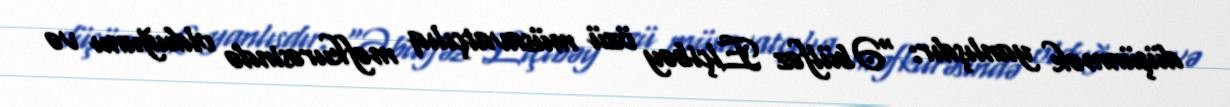
düşünmək yanlışdır: “Əbülfəz Elçibəy özü müsavatçılıq məfkurəsində olduğunu və